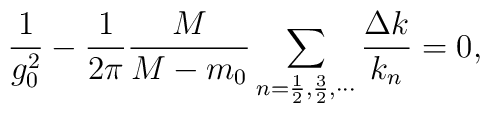
\frac{1}{g_0^2}-\frac{1}{2\pi}\frac{M}{M-m_0}\sum_{n=\frac12, \frac32,\cdots}\frac{\Delta k}{k_n}=0,